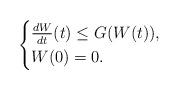
LaTeX: \begin{align*}\begin{cases}\frac{d W}{dt} (t) \le G(W(t)), \\W(0) = 0.\end{cases}\end{align*}